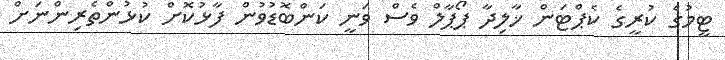
ޓީމުގެ ކުރީގެ ކެޕްޓަން ޚާލިދާ ޕޯޕާލް ވެސް ވަނީ ކަންބޮޑުވުން ފާޅުކޮށް ކުޅުންތެރިންނަށް